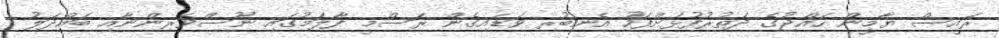
ރައީސް ޔާމީން ހައްޖުގެ ދަތުރުފުޅަށްފަހު އެނބުރި ވަޑައިގެން ރަސްމީ ފާލަމުގައި ނޫސްވެރިންނާއި ބައްދަލު